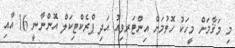
މި މަޤާމަށް މީހަކު ހޮވުމަށް އިންޓަރވިއު އަދި ޕްރެކްޓިކަލް އޮންނާނީ 16 އާއި